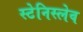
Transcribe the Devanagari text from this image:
स्टेनिस्लेव